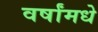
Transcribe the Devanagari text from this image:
वर्षांमधे